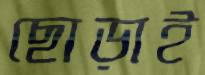
ছোড়াই